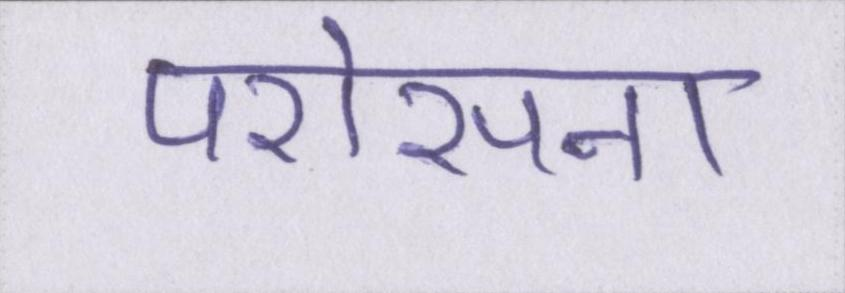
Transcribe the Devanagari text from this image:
परोसना